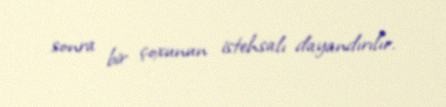
sonra bir çoxunun istehsalı dayandırılır.